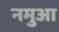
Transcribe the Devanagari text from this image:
नमुआ